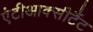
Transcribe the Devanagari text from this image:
एंटीआक्सीटैंट